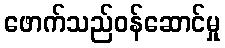
ဖောက်သည်ဝန်ဆောင်မှု